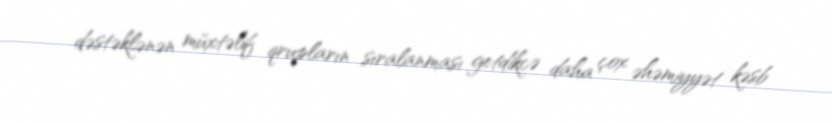
dəstəklənən müxtəlif qrupların sıralanması getdikcə daha çox əhəmiyyət kəsb